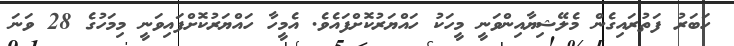
ހަބަރު ފަތުރައިގެން މެލޭޝިޔާއިންވަނީ މީހަކު ހައްޔަރުކޮށްފައެވެ. އެމީހާ ހައްޔަރުކޮށްފައިވަނީ މިމަހުގެ 28 ވަނަ